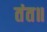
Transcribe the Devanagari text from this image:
तंत॥